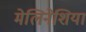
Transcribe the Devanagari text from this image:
मेलिनेशिया